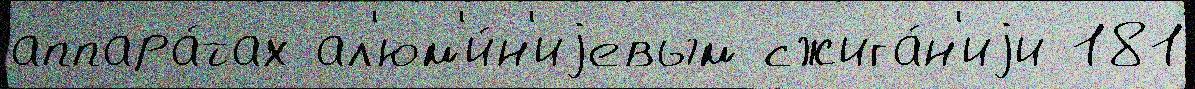
аппара́тах ал'юм'и́н'иjевым сжига́н'иjи 181